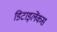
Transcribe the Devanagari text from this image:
डिटाइलेंकस